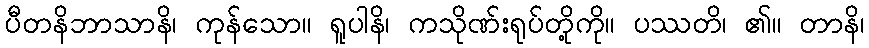
ပီတနိဘာသာနိ၊ ကုန်သော။ ရူပါနိ၊ ကသိုဏ်းရုပ်တို့ကို။ ပဿတိ၊ ၏။ တာနိ၊